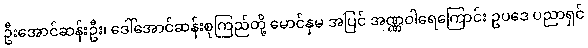
ဦးအောင်ဆန်းဦး၊ ဒေါ်အောင်ဆန်းစုကြည်တို့ မောင်နှမ အပြင် အဏ္ဏဝါရေကြောင်း ဥပဒေ ပညာရှင်